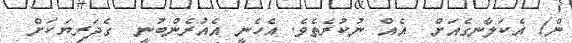
ން) އެކަލާނގެއަށް  އެއް ނުކުރެތެވެ. އެހެނީ އެއުރެންބުނީ  ގެދަރިޔަކަށް